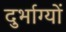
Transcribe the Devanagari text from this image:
दुर्भाग्यों